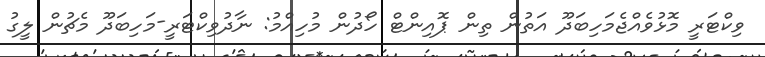
ވިކްޓަރީ މޮޅުވެއްޖެމަހިބަދޫ އަތުން ތިން ޕޮއިންޓް ހޯދުން މުހިއްމު: ނާދުވިކްޓަރީ-މަހިބަދޫ މެޗުން ލީގު